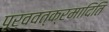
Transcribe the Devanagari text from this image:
पूर्ववत्क्रमादिति